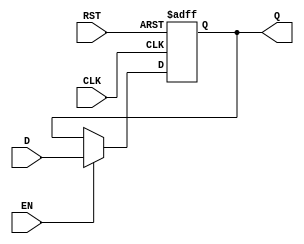
module BarrierRegister (
    input wire [7:0] D,    // Data input (8-bit width, can be adjusted)
    input wire EN,         // Enable signal
    input wire CLK,        // Clock signal
    input wire RST,        // Asynchronous reset signal
    output reg [7:0] Q     // Data output (8-bit width, can be adjusted)
);
    
    // Asynchronous reset and synchronous data capture
    always @(posedge CLK or posedge RST) begin
        if (RST) begin
            Q <= 8'b0;      // Reset value, can be modified as needed
        end
        else if (EN) begin
            Q <= D;         // Capture input data if enabled
        end
        // If EN is low, Q retains its previous value
    end

endmodule